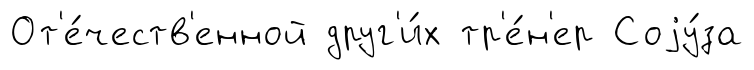
От'е́честв'енной друг'и́х тр'е́н'ер Соjу́за